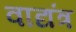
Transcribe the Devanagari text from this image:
वाद्यंत्र